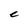
Character: C